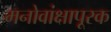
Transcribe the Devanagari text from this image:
मनोवांक्षापूरक